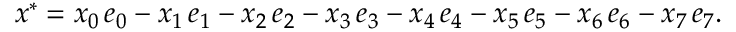
x ^ { * } = x _ { 0 } \, e _ { 0 } - x _ { 1 } \, e _ { 1 } - x _ { 2 } \, e _ { 2 } - x _ { 3 } \, e _ { 3 } - x _ { 4 } \, e _ { 4 } - x _ { 5 } \, e _ { 5 } - x _ { 6 } \, e _ { 6 } - x _ { 7 } \, e _ { 7 } .